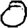
Digit: 0